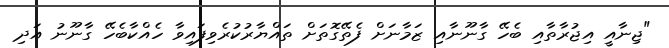
"ޖިނާއީ އިޖުރާތާއި ބެހޭ ގާނޫނާއި ޒަމާނަށް ފެތޭގޮތަށް ތައްޔާރުކުރެވިފައިވާ ހެއްކާބެހޭ ގާނޫނު އަދި